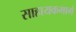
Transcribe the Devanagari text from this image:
साहायकमार्ग